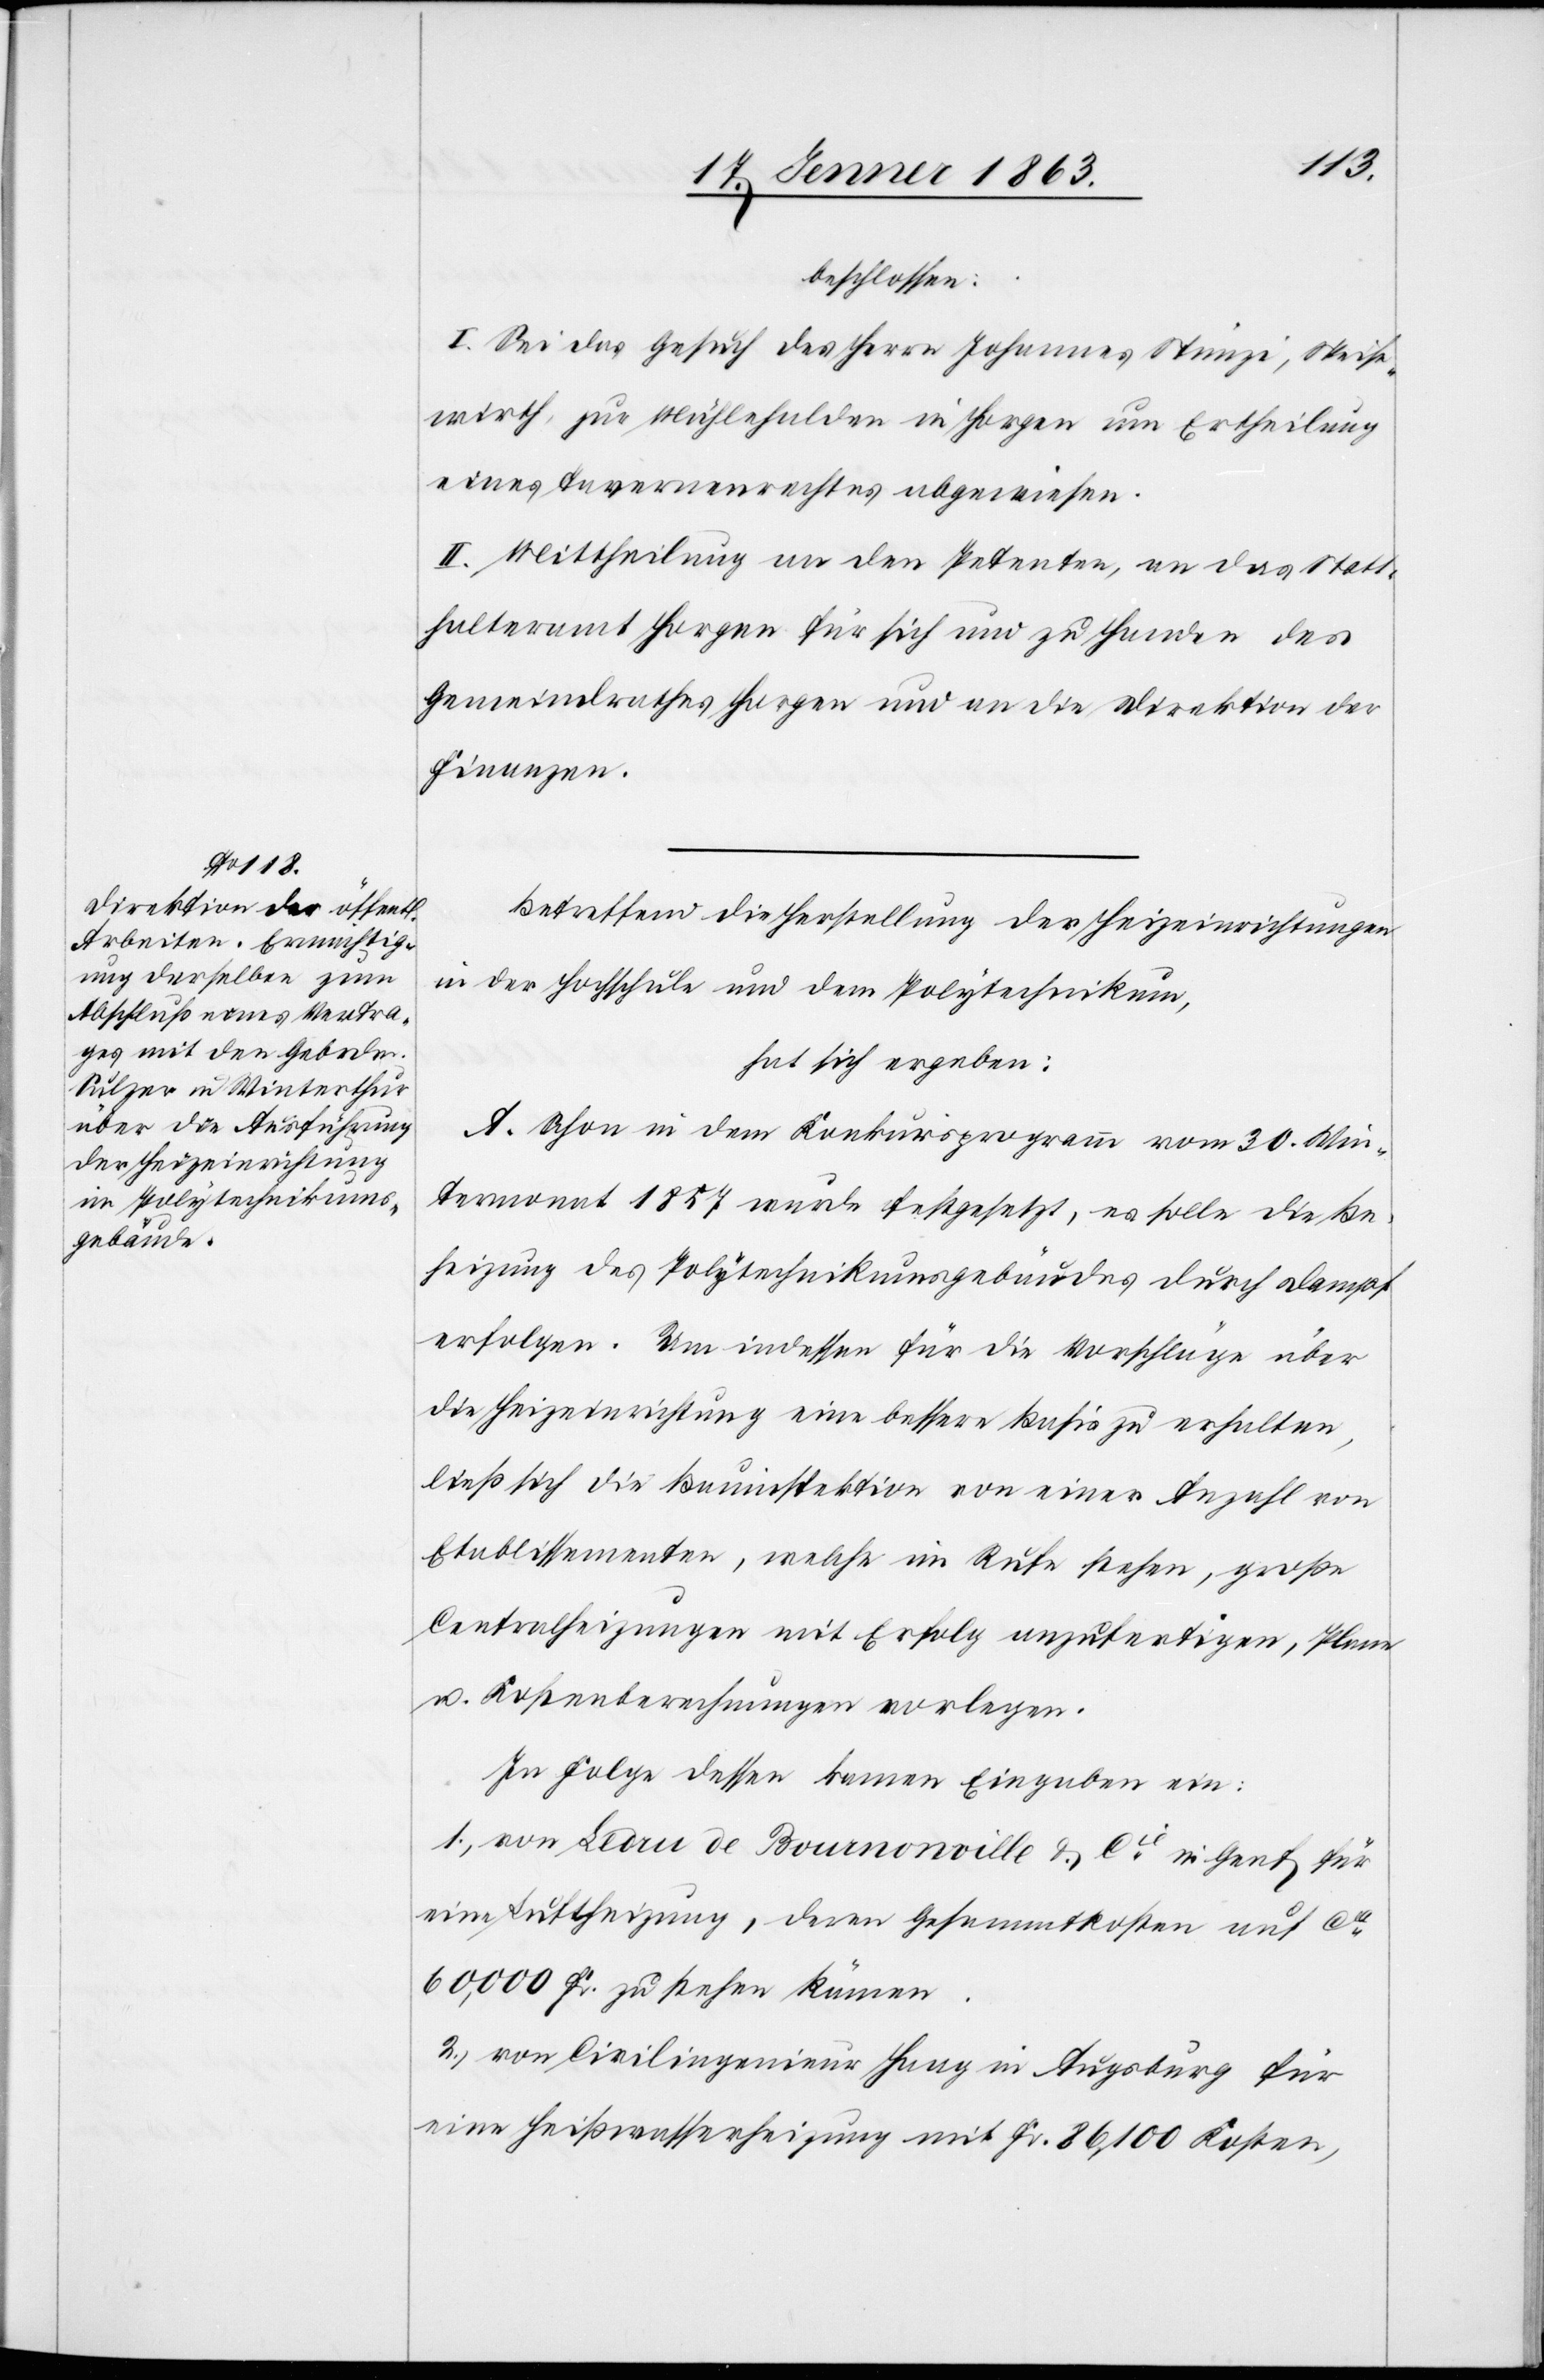
beschlossen:
I. Sei das Gesuch des Herrn Johannes Stünzi, Speise¬
wirth, zur Mühlehalden in Horgen um Ertheilung
eines Tavernenrechtes abgewiesen.
II. Mittheilung an den Petenten, an das Statt¬
halteramt Horgen für sich und zu Handen des
Gemeindrathes Horgen und an die Direktion der
Finanzen.
Betreffend die Herstellung der Heizeinrichtungen
in der Hochschule und dem Polytechnikum,
hat sich ergeben:
A. Schon in dem Konkursprogramm vom 30. Win¬
termonat 1857 wurde festgesetzt, es solle die Be¬
heizung des Polytechnikumsgebäudes durch Dampf
erfolgen. Um indessen für die Vorschläge über
die Heizeinrichtung eine bessere Basis zu erhalten,
ließ sich die Bauinspektion von einer Anzahl von
Etablissementen, welche im Rufe stehen, große
Centralheizungen mit Erfolg anzufertigen, Plane
u. Kostenberechnungen vorzulegen.
In Folge dessen kamen Eingaben ein:
1.) von Ledru de Bournonville & Cie in Genf für
eine Luftheizung, deren Gesammtkosten auf ca
60,000 Fr. zu stehen kämen.
2.) von Civilingenieur Haag in Augsberg für
eine Heißwasserheizung mit Fr. 86,100 Kosten,